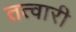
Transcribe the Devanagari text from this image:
तत्वारी